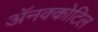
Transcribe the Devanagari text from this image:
अॅनक्कोटिल